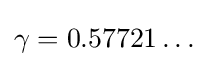
\gamma =0.57721\dots